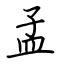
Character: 孟